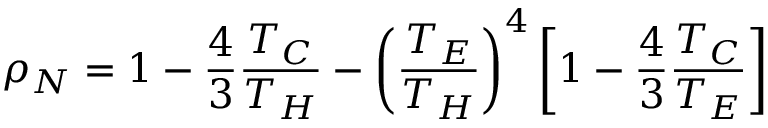
\rho _ { N } = 1 - \frac { 4 } { 3 } \frac { T _ { C } } { T _ { H } } - \left( \frac { T _ { E } } { T _ { H } } \right) ^ { 4 } \left[ 1 - \frac { 4 } { 3 } \frac { T _ { C } } { T _ { E } } \right]